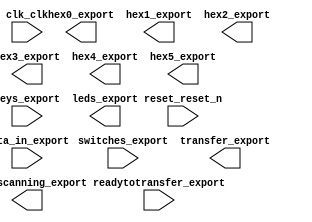

module nios2 (
	clk_clk,
	hex0_export,
	hex1_export,
	hex2_export,
	hex3_export,
	hex4_export,
	hex5_export,
	keys_export,
	leds_export,
	reset_reset_n,
	switches_export,
	readytotransfer_export,
	transfer_export,
	startscanning_export,
	data_in_export);	

	input		clk_clk;
	output	[6:0]	hex0_export;
	output	[6:0]	hex1_export;
	output	[6:0]	hex2_export;
	output	[6:0]	hex3_export;
	output	[6:0]	hex4_export;
	output	[6:0]	hex5_export;
	input	[3:0]	keys_export;
	output	[7:0]	leds_export;
	input		reset_reset_n;
	input	[7:0]	switches_export;
	input		readytotransfer_export;
	output		transfer_export;
	output		startscanning_export;
	input	[7:0]	data_in_export;
endmodule